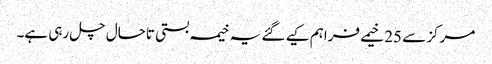
مرکز سے 25 خیمے فراہم کیے گئے یہ خیمہ بستی تاحال چل رہی ہے۔